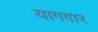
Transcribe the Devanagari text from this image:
यागगार